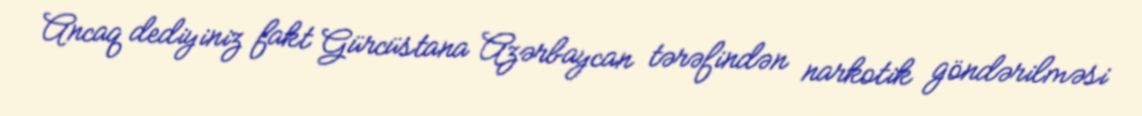
Ancaq dediyiniz fakt Gürcüstana Azərbaycan tərəfindən narkotik göndərilməsi